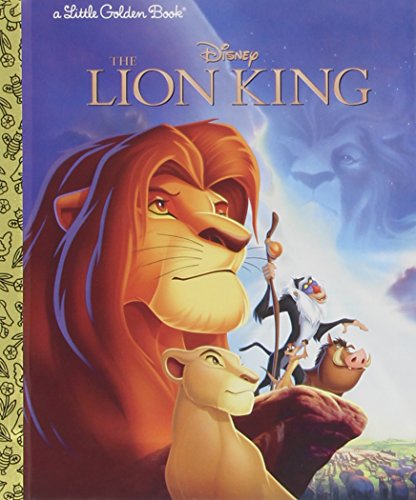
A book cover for The Lion King (Little Golden Book); Disney; Children's Books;